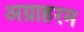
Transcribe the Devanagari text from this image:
अग्राहरम